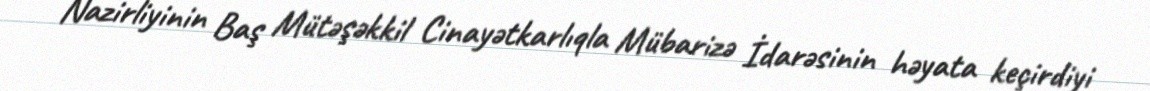
Nazirliyinin Baş Mütəşəkkil Cinayətkarlıqla Mübarizə İdarəsinin həyata keçirdiyi